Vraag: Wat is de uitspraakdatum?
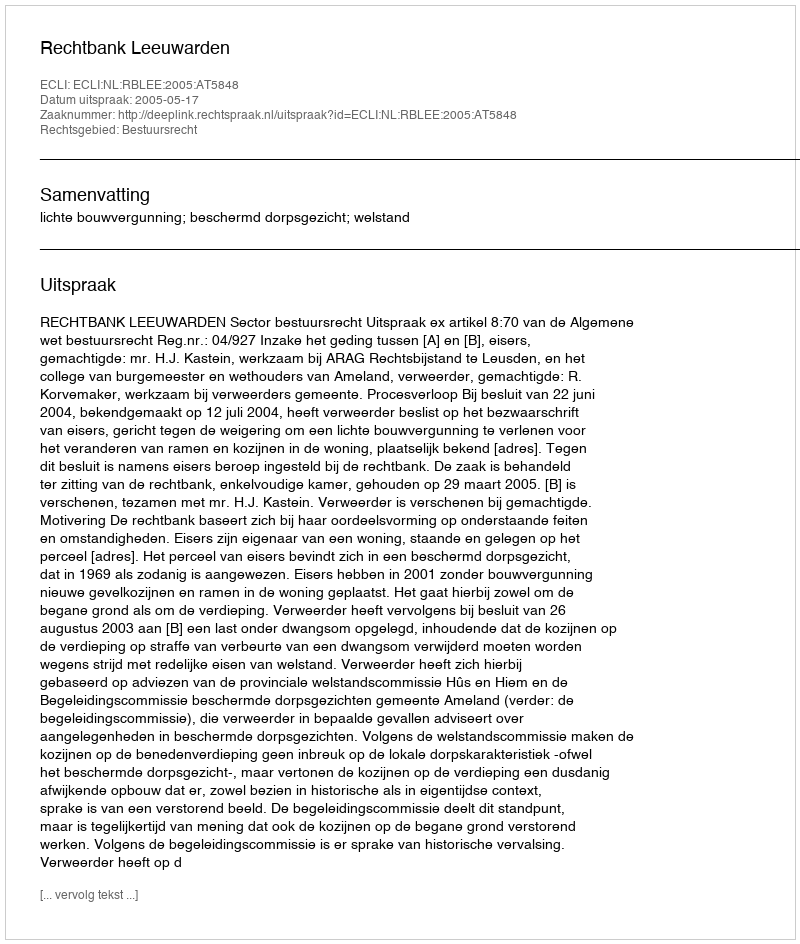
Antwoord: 2005-05-17